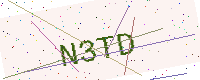
Text: N3TD